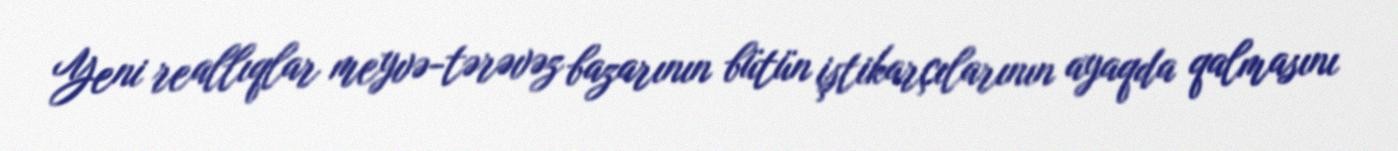
Yeni reallıqlar meyvə-tərəvəz bazarının bütün iştikarçılarının ayaqda qalmasını